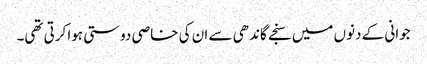
جوانی کے دنوں میں سنجے گاندھی سے ان کی خاصی دوستی ہوا کرتی تھی۔